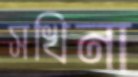
সখিনা